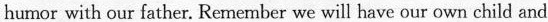
humor with our father. Renember we will have our own child and